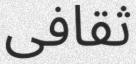
ثقافى